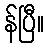
န်ပြီ။